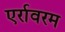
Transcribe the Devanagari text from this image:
एर्रावरम